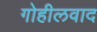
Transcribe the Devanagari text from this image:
गोहीलवाद